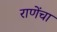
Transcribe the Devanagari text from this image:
राणेंचा